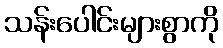
သန်းပေါင်းများစွာကို